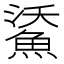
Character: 𩷯